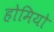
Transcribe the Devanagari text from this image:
होमियो